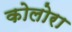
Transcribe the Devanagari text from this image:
कोलोरा